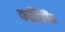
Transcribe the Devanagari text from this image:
कडीलिंब